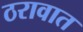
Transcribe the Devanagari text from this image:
ठरावात